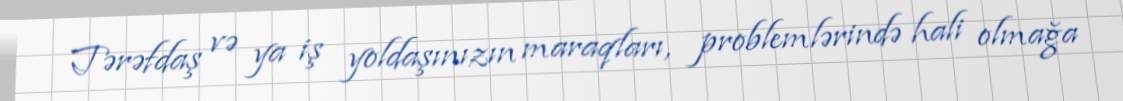
Tərəfdaş və ya iş yoldaşınızın maraqları, problemlərində hali olmağa